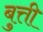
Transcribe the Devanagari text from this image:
बुत्ती